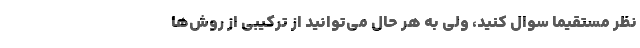
نظر مستقیما سوال کنید، ولی به هر حال می‌توانید از ترکیبی از روش‌ها